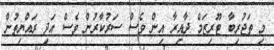
މި ތަޖުރިބާ ޓޫރިޒަމް ދާއިރާ އިން ވެސް ސަރުކާރުން ވެސް އަދި ރައްޔިތުން